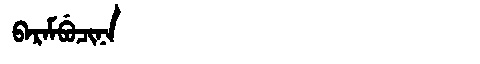
Manchu: ᠪᠠᡵᠠᠮᠪᡠᠴᡳᠨᠠ
Romanization: BARAMBUCINA